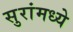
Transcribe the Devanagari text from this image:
सुरांमध्ये